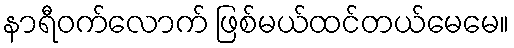
နာရီဝက်လောက် ဖြစ်မယ်ထင်တယ်မေမေ။